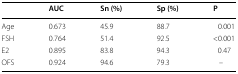
|  | AUC | Sn (%) | Sp (%) | P |
 | --- | --- | --- | --- | --- |
 | Age | 0.673 | 45.9 | 88.7 | 0.001 |
 | FSH | 0.764 | 51.4 | 92.5 | <0.001 |
 | E2 | 0.895 | 83.8 | 94.3 | 0.47 |
 | OFS | 0.924 | 94.6 | 79.3 | – |